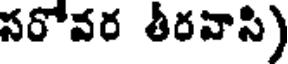
సరోవర తీరవాసి)